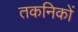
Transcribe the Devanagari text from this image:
तकनिकों